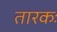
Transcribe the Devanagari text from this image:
तारकः